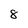
Character: 8